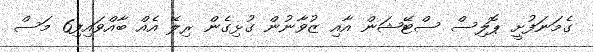
ގެމަނަފުށީ ޕޮލިސް ސްޓޭޝަން އާއި ޒުވާނުން ގުޅިގެން ރިލޭ އެއް ބާއްވައިފި6 މަސް